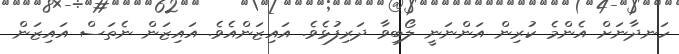
ހަނދާނަށް އެންމެ ކުރިން އަންނަނީ ލޯބިވާ ދަރިފުޅެވެ. އައިޒަންއެވެ. އައިޒަން ނެތަސް އައިޒަން